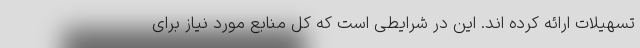
تسهیلات ارائه کرده اند. این در شرایطی است که کل منابع مورد نیاز برای